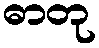
ဓာတု